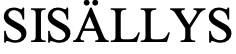
SISÄLLYS